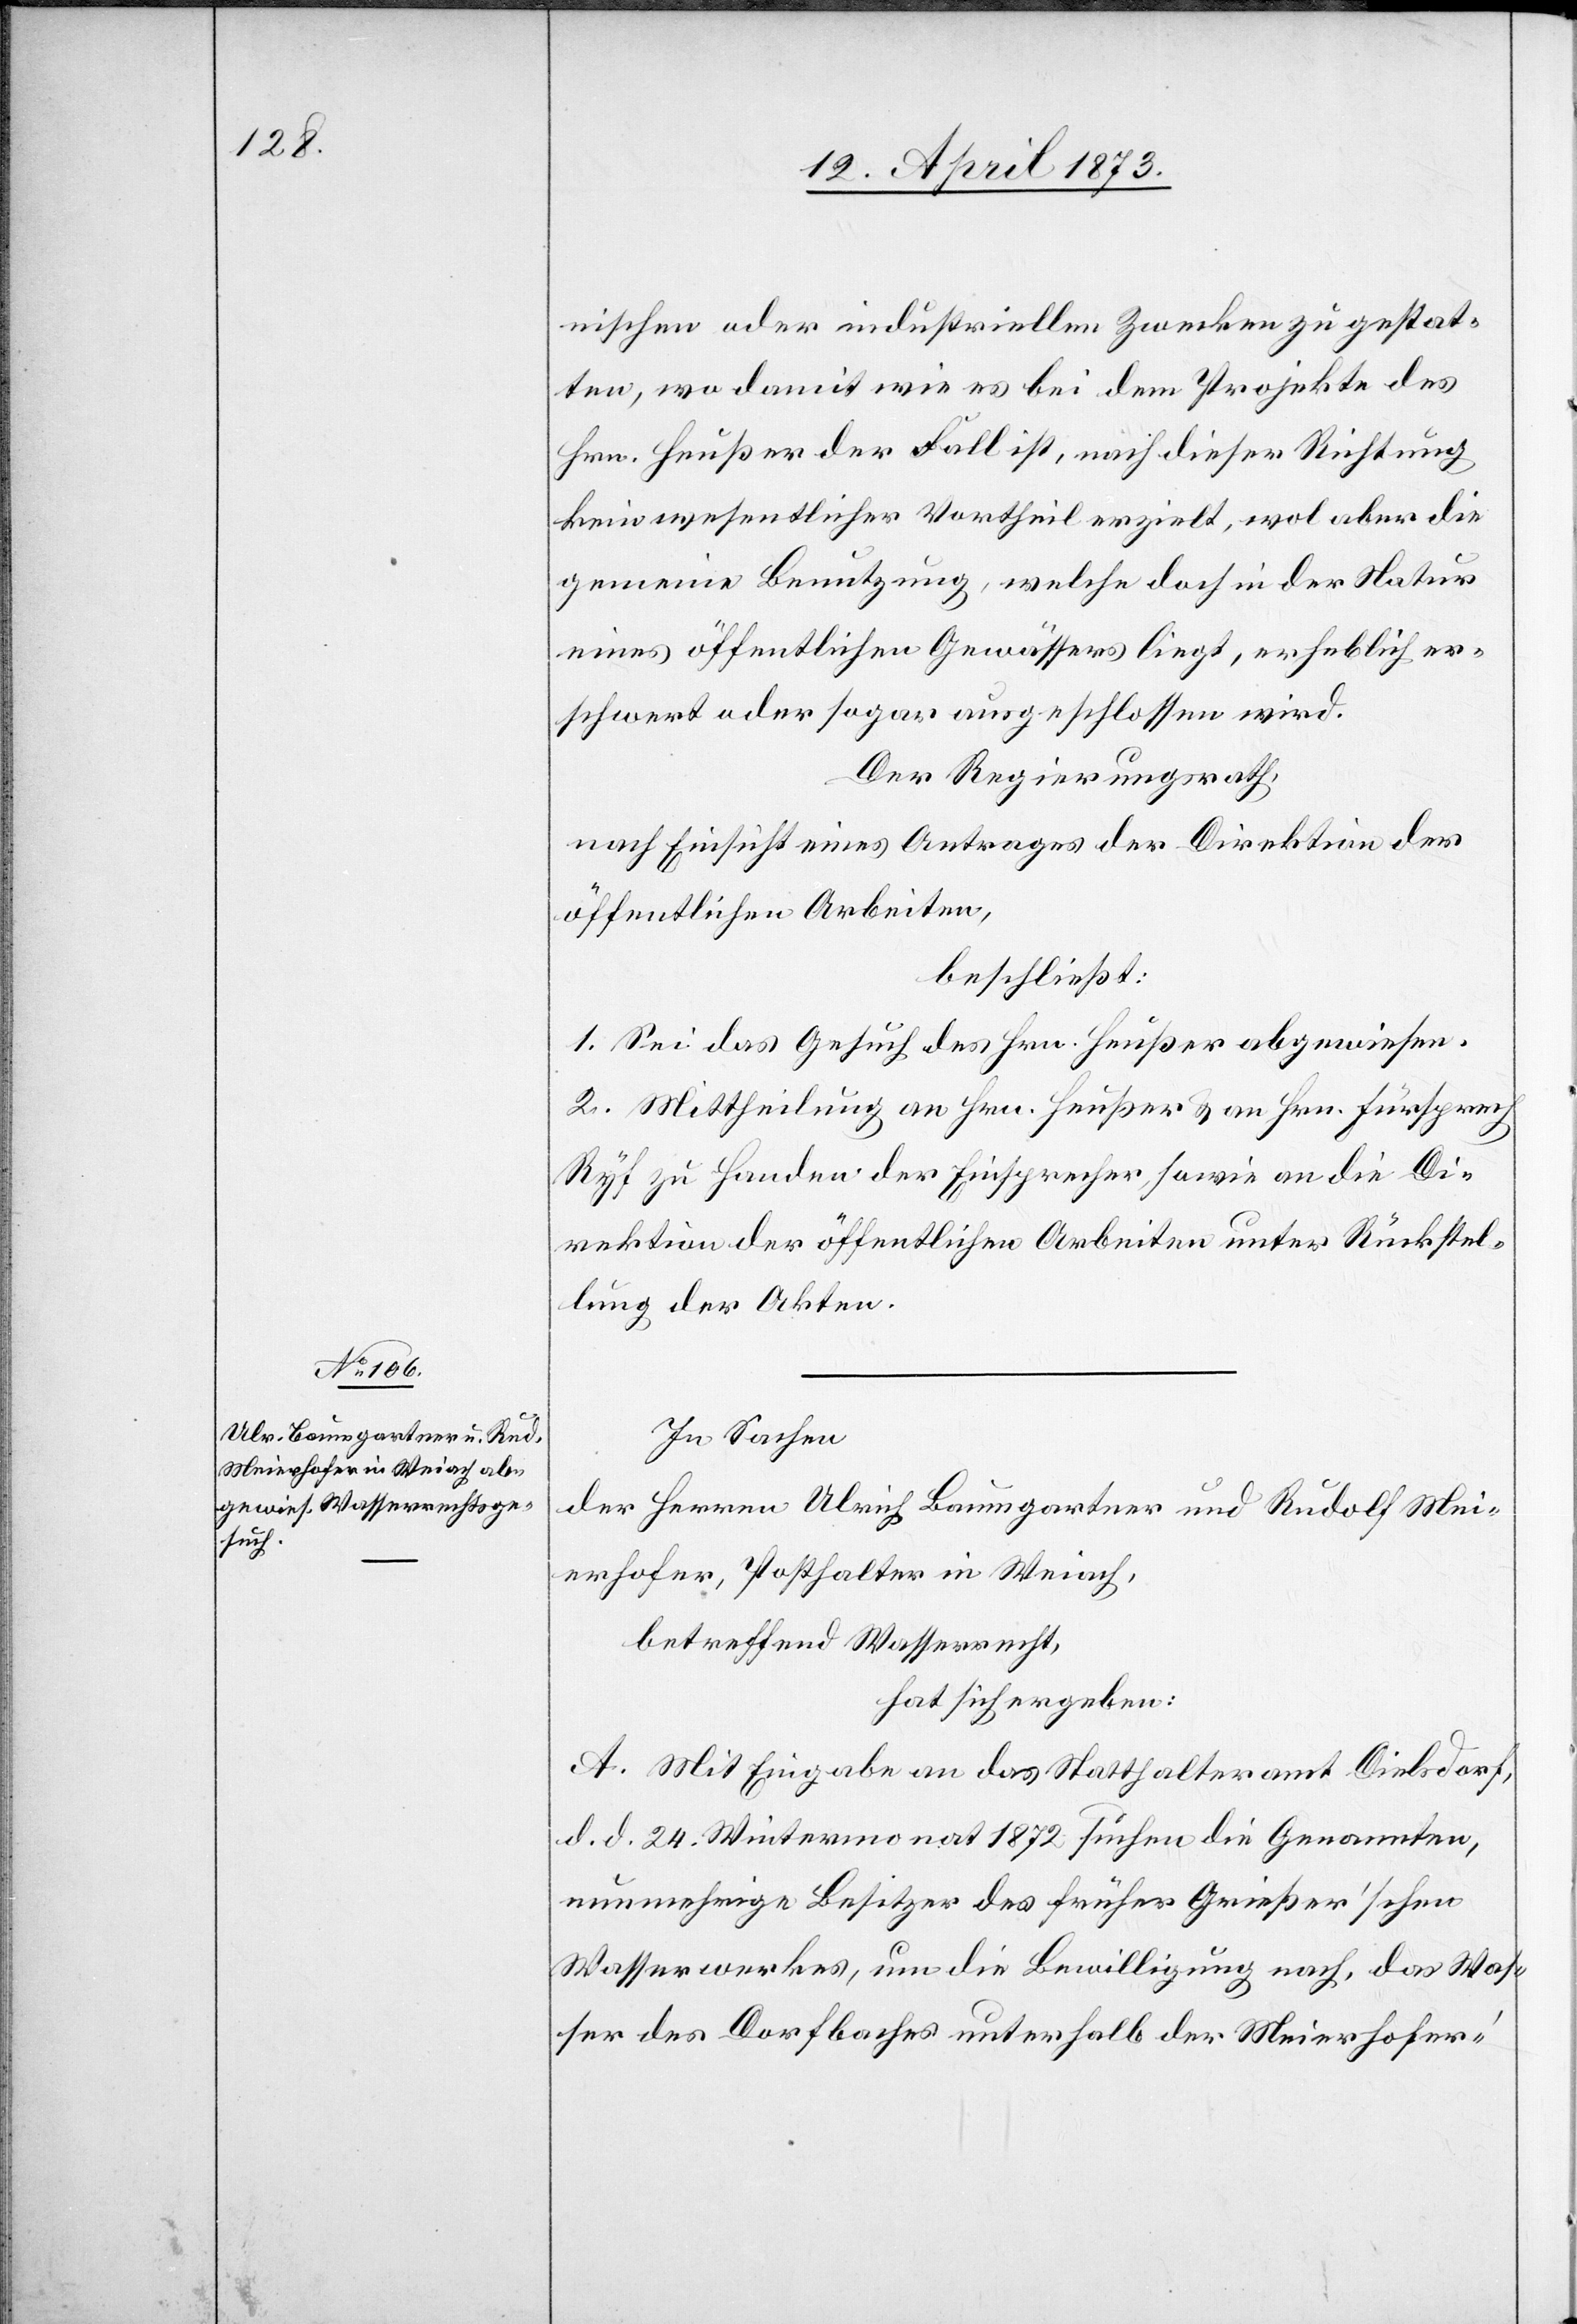
nischen oder industriellen Zwecken zu gestat¬
ten, wo damit wie es bei dem Projekte des
Hrn. Heußer der Fall ist, nach dieser Richtung
kein wesentlicher Vortheil erzielt, wol aber die
gemeine Benutzung, welche doch in der Natur
eines öffentlichen Gewässers liegt, erheblich er¬
schwert oder sogar ausgeschlossen wird.
Der Regierungsrath,
nach Einsicht eines Antrages der Direktion der
öffentlichen Arbeiten,
beschließt:
1. Sei das Gesuch des Hrn. Heußer abgewiesen.
2. Mittheilung an Hrn. Heußer & an Hrn. Fürsprech
Ryf zu Handen der Einsprecher, sowie an die Di¬
rektion der öffentlichen Arbeiten unter Rückstel¬
lung der Akten.
In Sachen
der Herren Ulrich Baumgartner und Rudolf Mei¬
erhofer, Posthalter in Weiach,
betreffend Wasserrecht,
hat sich ergeben:
A. Mit Eingabe an das Statthalteramt Dielsdorf,
d. d. 24. Wintermonat 1872 suchen die Genannten,
nunmehrige Besitzer des früher Grießer’schen
Wasserwerkes, um die Bewilligung nach, das Was¬
ser des Dorfbaches unterhalb der Meierhofer’-